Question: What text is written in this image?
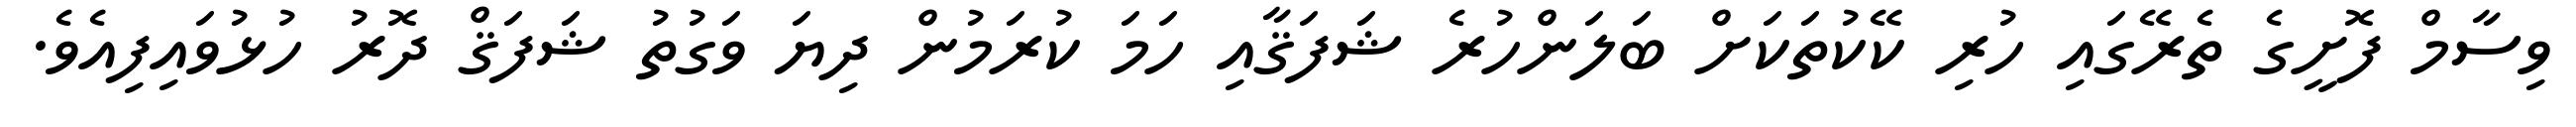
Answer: ވިސާމް ފޮށީގެ ތެރޭގައި ހުރި ކޭކުތަކަށް ބަލަންހުރެ ޝަފަޤާއި ހަމަ ކުރަމުން ދިޔަ ވަގުތު ޝަފަޤް ދޮރު ހުޅުވައިފިއެވެ.